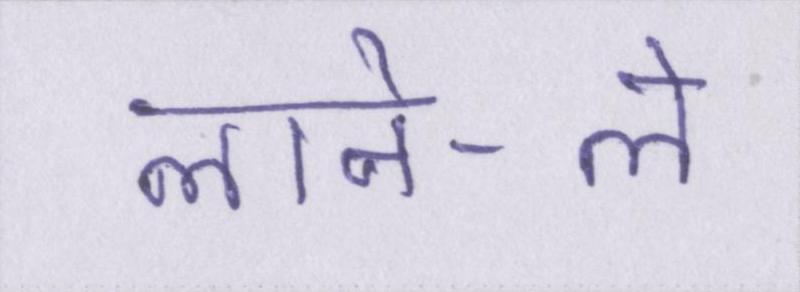
लाने-ले